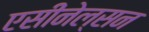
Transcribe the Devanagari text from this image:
एसीनेल्सन